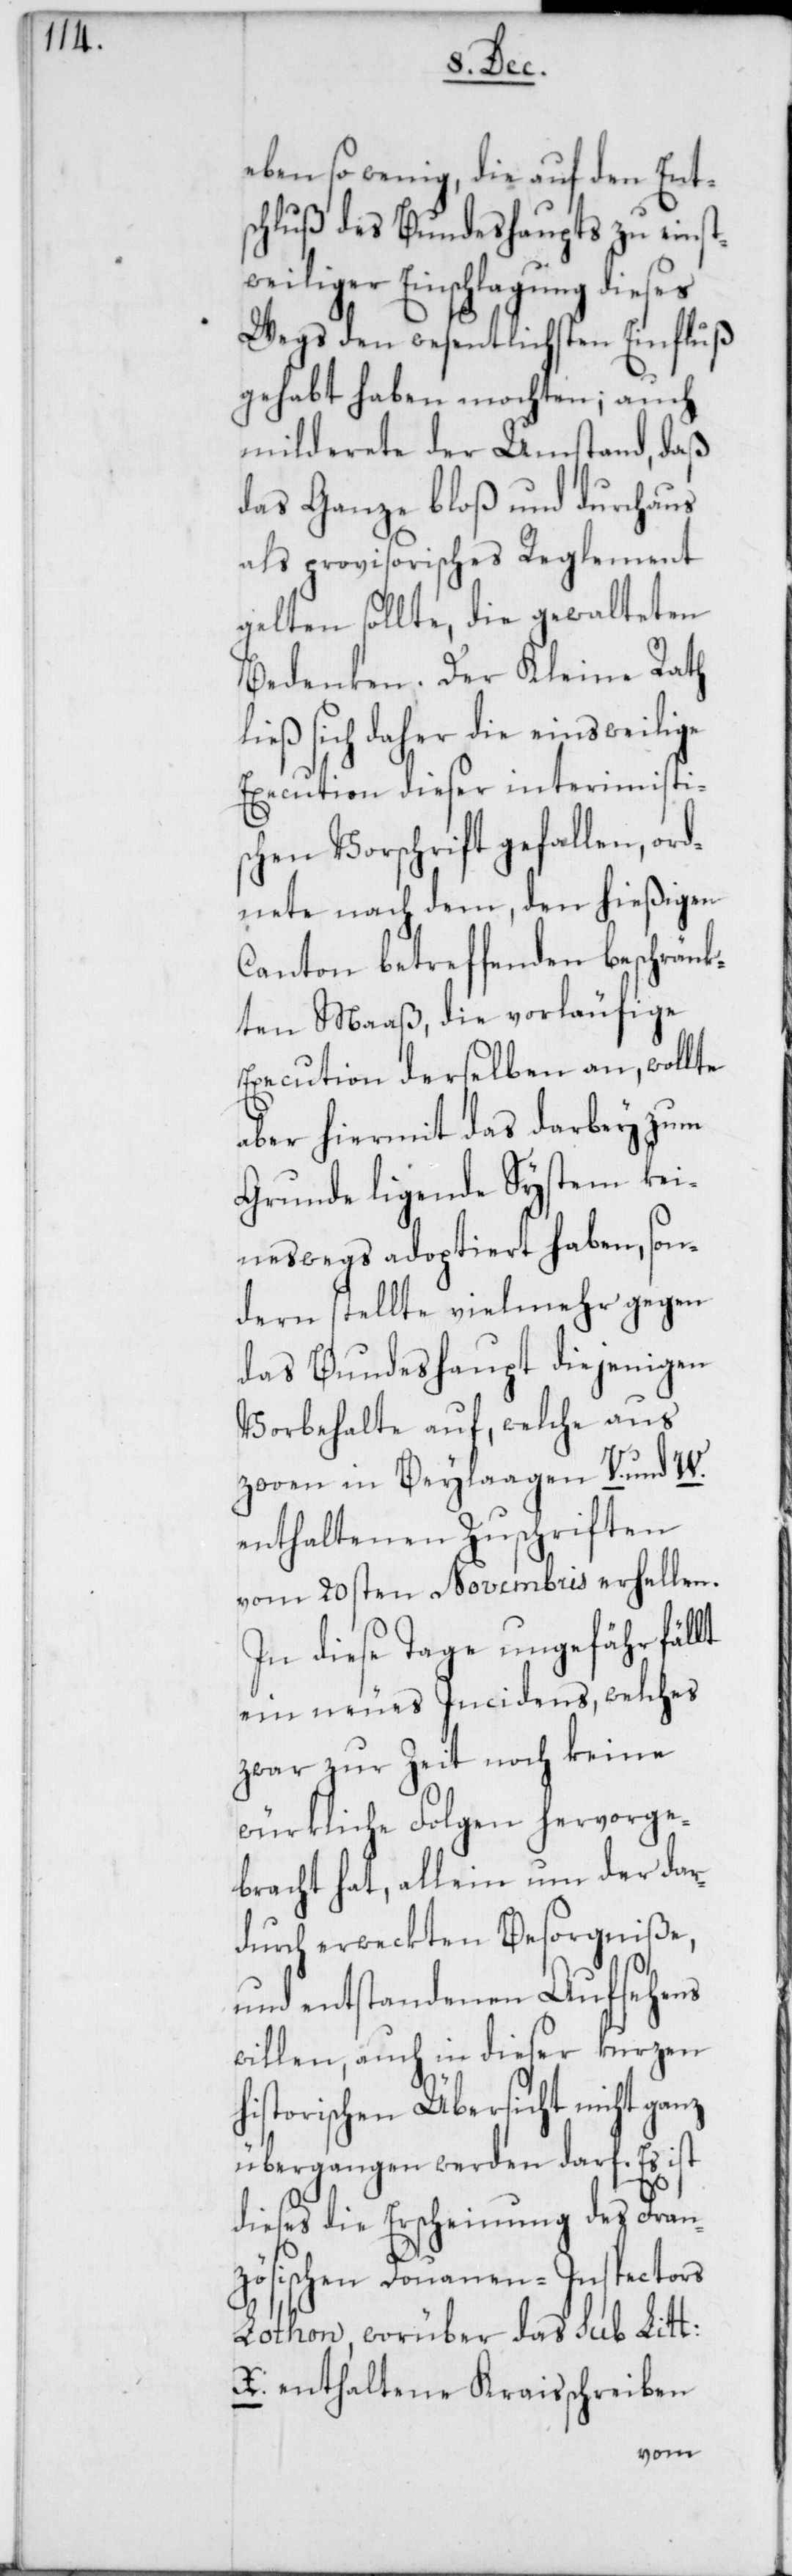
eben so wenig, die auf den Ent¬
schluß des Bundeshaupts zu einst¬
weiliger Einschlagung dieses
Wegs den wesentlichsten Einfluß
gehabt haben mochten; auch
milderete der Umstand, daß
das Ganze bloß und durchaus
als provisorisches Reglement
gelten sollte, die gewalteten
Bedenken. Der Kleine Rath
sich daher die einstweilige
Execution dieser interimisti¬
schen Vorschrift gefallen, ord¬
nete nach dem, den hießigen
Canton betreffenden beschränk¬
ten Maaß, die vorläufige
Execution derselben an, wollte
aber hiermit das darbey zum
Grunde liegende System kei¬
neswegs adoptiert haben, son¬
dern stellte vielmehr gegen
das Bundeshaupt diejenigen
Vorbehalte auf, welche aus
zween in Beylagen V. und W.
enthaltenen Zuschriften
vom 20sten Novembris erhellen.
In diese Tage ungefähr fällt
ein neues Incidens, welches
zwar zur Zeit noch keine
würkliche Folgen hervorge¬
bracht hat, allein um der dar¬
durch erweckten Besorgniße,
und entstandenen Aufsehens
willen, auch in dieser kurzen
historischen Übersicht nicht ganz
übergangen werden darf. Es ist
dieses die Erscheinung des Fran¬
zösischen Douanen-Inspectors
Lothon, worüber das sub Litt:
X. enthaltene Kraisschreiben